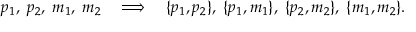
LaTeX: p _ { 1 } , \; p _ { 2 } , \; m _ { 1 } , \; m _ { 2 } \quad \Longrightarrow \quad \{ p _ { 1 } , p _ { 2 } \} , \; \{ p _ { 1 } , m _ { 1 } \} , \; \{ p _ { 2 } , m _ { 2 } \} , \; \{ m _ { 1 } , m _ { 2 } \} .